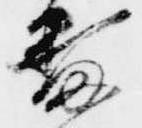
番